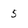
Character: 5